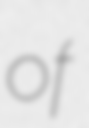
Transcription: of